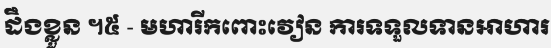
ដឹងខ្លួន ។៥ - មហារីកពោះវៀន ការទទួលទានអាហារ